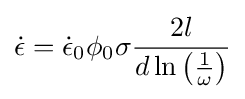
{\dot {\epsilon }}={\dot {\epsilon }}_{0}\phi _{0}\sigma {\frac {2l}{d\ln \left({\frac {1}{\omega }}\right)}}